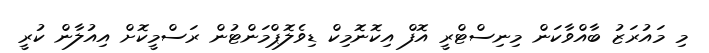
މި މައުރަޒު ބާއްވާކަން މިނިސްޓްރީ އޮފް އިކޮނޮމިކް ޑިވެލޮޕްމަންޓުން ރަސްމީކޮށް އިއުލާން ކުރީ